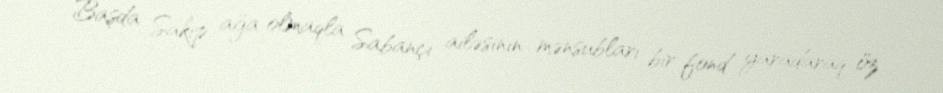
Başda Sakıp ağa olmaqla Sabançı ailəsinin mənsubları bir fond yaradaraq öz